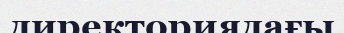
директориядағы